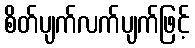
စိတ်ပျက်လက်ပျက်ဖြင့်